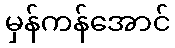
မှန်ကန်အောင်